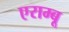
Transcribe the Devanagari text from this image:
एराम्बू